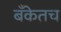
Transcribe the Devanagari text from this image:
बँकेतच